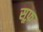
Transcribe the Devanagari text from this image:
सूफ़